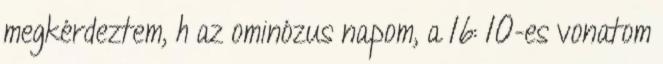
megkérdeztem, h az ominózus napom, a 16: 10-es vonatom